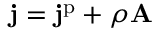
\mathbf { j } = \mathbf { j } ^ { \mathrm { p } } + \rho \mathbf { A }